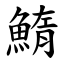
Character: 鰖